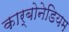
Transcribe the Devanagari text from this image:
कार्बोनेडियम